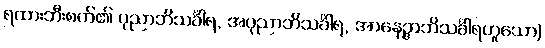
ရထားဘီးစက်၏ ပုညာဘိသင်္ခါရ, အပုညာဘိသင်္ခါရ, အာနေဉ္ဇာဘိသင်္ခါရဟူသော)